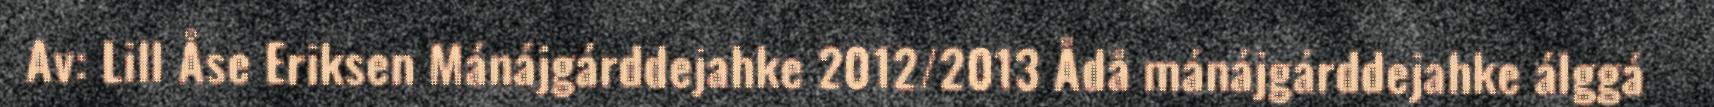
Av: Lill Åse Eriksen Mánájgárddejahke 2012/2013 Ådå mánájgárddejahke álggá